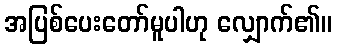
အပြစ်ပေးတော်မူပါဟု လျှောက်၏။